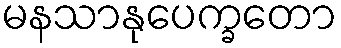
မနသာနုပေက္ခတော